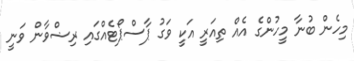
މިހެން ބުނާ މީހުންގެ އެއް ތިއަރީ އަކީ ވަގު ޕާސްޕޯޓެއްގައި ރިޟްވާން ވަނީ